Report on horse surra - Volume I
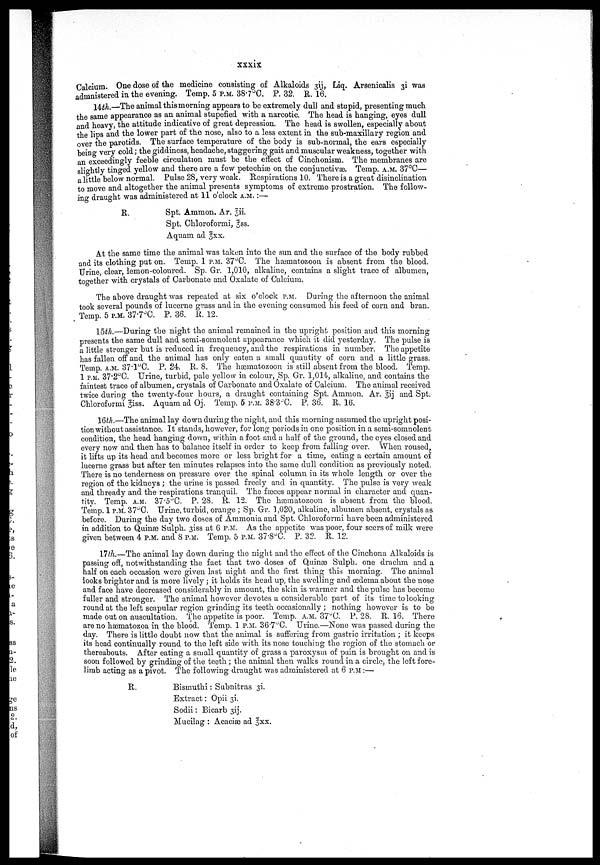
xxxix
Calcium. One dose of the medicine consisting of Alkaloids 3ij. Liq. Arsenicalis 3i was
admnistered in the evening. Temp. 5 P.M. 38.7°C. P. 32. R. 16.
14th.—The animal this morning appears to be extremely dull and stupid, presenting much
the same appearance as an animal stupefied with a narcotic. The head is hanging, eyes dull
and heavy, the attitude indicative of great depression. The head is swollen, especially about
the lips and the lower part of the nose, also to a less extent in the sub-maxillary region and
over the parotids. The surface temperature of the body is sub-normal, the ears especially
being- very cold; the giddiness, headache, staggering gait and muscular weakness, together with
an exceedingly feeble circulation must be the effect of Cinchonism. The membranes are
slightly tinged yellow and there are a few petechiæ on the conjunctivæ. Temp. A.M. 37°C—
a little below normal. Pulse 28, very weak. Respirations 10. There is a great disinclination
to move and altogether the animal presents symptoms of extreme prostration. The follow-
ing draught was administered at 11 o'clock A.M. :—
R.
Spt. Ammon. Ar. 3ii.
Spt. Chloroformi, 3ss.
Aquam ad 3xx.
At the same time the animal was taken into the sun and the surface of the body rubbed
and its clothing put on. Temp. 1 P.M. 37°C. The hæmatozoon is absent from the blood.
Urine, clear, lemon-coloured. Sp. Gr. 1,010, alkaline, contains a slight trace of albumen,
together with crystals of Carbonate and Oxalate of Calcium.
The above draught was repeated at six o'clock P.M. During the afternoon the animal
took several pounds of lucerne grass and in the evening consumed his feed of corn and bran.
Temp. 5 P.M. 37.7°C. P. 36. R, 12.
15th.—During the night the animal remained in the upright position and this morning
presents the same dull and semi-somnolent appearance which it did yesterday. The pulse is
a little stronger but is reduced in frequency, and the respirations in number. The appetite
has fallen off and the animal has only eaten a small quantity of corn and a little grass.
Temp. A.M. 37.1°C. P. 24. R. 8. The hæmatozoon is still absent from the blood. Temp.
1 P.M. 37.2°C. Urine, turbid, pale yellow in colour, .Sp. Gr. 1,014, alkaline, and contains the
faintest trace of albumen, crystals of Carbonate and Oxalate of Calcium. The animal received
twice during the twenty-four hours, a draught containing Spt. Ammon. Ar. 3ij and Spt.
Chloroformi 3iss. Aquam ad Oj. Temp. 6 P.M. 38.3.C. P. 36. R. 16.
16th.—The animal lay down during the night, and this morning assumed the upright posi-
tion without assistance. It stands, however, for long periods in one position in a semi-somnolent
condition, the head hanging down, within a foot and a half of the ground, the eyes closed and
every now and then has to balance itself in order to keep from falling over. When roused,
it lifts up its head and becomes more or less bright for a time, eating a certain amount of
lucerne grass but after ten minutes relapses into the same dull condition as previously noted.
There is no tenderness on pressure over the spinal column in its whole length or over the
region of the kidneys ; the urine is passed freely and in quantity. The pulse is very weak
and thready and the respirations tranquil. The fæces appear normal in character and quan-
titv. Temp. A.M. 37.5°C. P. 28. R. 12. The hæmatozoon is absent from the blood.
Temp. 1 P.M. 37°C. Urine, turbid, orange ; Sp. Gr. 1,020, alkaline, albumen absent, crystals as
before. During the day two doses of Ammonia and Spt. Chloroformi have been administered
in addition to Quinæ Sulph. 3iss at 6 P.M. AS the appetite was poor, four seers of milk were
given between 4 P.M. and 8 P.M. Temp. 5 P.M. 37.8°C. P. 32. R. 12.
17th.—The animal lay down during the night and the effect of the Cinchona Alkaloids is
passing off, notwithstanding the fact that two doses of Quinæ Sulph. one drachm and a
half on each occasion were given last night and the first thing this morning. The animal
looks brighter and is more lively ; it holds its head up, the swelling and œdema about the nose
and face have decreased considerably in amount, the skin is warmer and the pulse has become
fuller and stronger. The animal however devotes a considerable part of its time to looking
round at the left scapular region grinding its teeth occasionally ; nothing however is to be
made out on auscultation. The appetite is poor. Temp. A.M. 37°C P. 28. R. 16. There
are no hæmatozoa in the blood. Temp. 1 P.M. 36.7°C. Urine.—None was passed during the
day. There is little doubt now that the animal is suffering from gastric irritation ; it keeps
its head continually round to the left side with its nose touching the region of the stomach or
thereabouts. After eating a small quantity of grass a paroxysm of pain is brought on and is
soon followed by grinding of the teeth; the animal then walks round in a circle, the left fore-
limb acting as a pivot. The following draught was administered at 6 P.M. :—
R.
Bismuthi : Subnitras 3i
Extract: Opii 3i
Sodii: Bicarb 3ij.
Mucilag : Acaciæ ad 3xx.